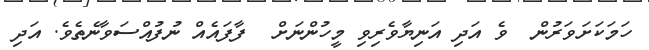
ހަމަކަށަވަރުން  ވެ އަދި އަނިޔާވެރިވި މީހުންނަށް  ފާފައެއް ނުފުއްސަވާނެތެވެ. އަދި